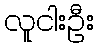
လူငါးဦး